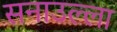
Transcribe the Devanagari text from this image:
सनाउल्ला